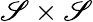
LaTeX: \mathscr{S}\times\mathscr{S}